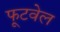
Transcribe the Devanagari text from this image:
फूटवेल